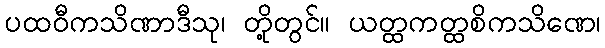
ပထဝီကသိဏာဒီသု၊ တို့တွင်။ ယတ္ထကတ္ထစိကသိဏေ၊